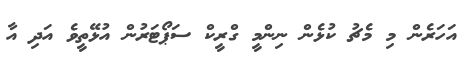
އަހަރެން މި މެޗު ކުޅެން ނިންމީ ގްރީކް ސަޕޯޓަރުން އުޅޭތީވެ އަދި އާ